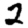
Digit: 2